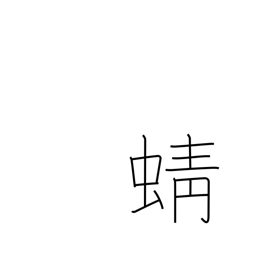
Meaning: dragonfly